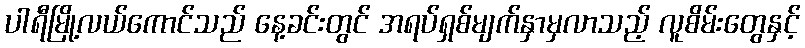
ပါရီမြို့လယ်ကောင်သည် နေ့ခင်းတွင် အရပ်ရှစ်မျက်နှာမှလာသည့် လူစိမ်းတွေနှင့်